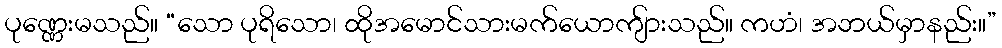
ပုဏ္ဏေးမသည်။ “သော ပုရိသော၊ ထိုအမောင်သားမက်ယောကျ်ားသည်။ ကဟံ၊ အဘယ်မှာနည်း။”